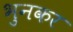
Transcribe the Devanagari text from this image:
भुनकर